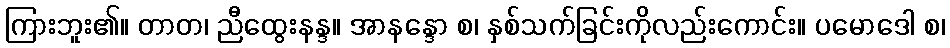
ကြားဘူး၏။ တာတ၊ ညီထွေးနန္ဒ။ အာနန္ဒော စ၊ နှစ်သက်ခြင်းကိုလည်းကောင်း။ ပမောဒေါ စ၊